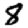
Digit: 8